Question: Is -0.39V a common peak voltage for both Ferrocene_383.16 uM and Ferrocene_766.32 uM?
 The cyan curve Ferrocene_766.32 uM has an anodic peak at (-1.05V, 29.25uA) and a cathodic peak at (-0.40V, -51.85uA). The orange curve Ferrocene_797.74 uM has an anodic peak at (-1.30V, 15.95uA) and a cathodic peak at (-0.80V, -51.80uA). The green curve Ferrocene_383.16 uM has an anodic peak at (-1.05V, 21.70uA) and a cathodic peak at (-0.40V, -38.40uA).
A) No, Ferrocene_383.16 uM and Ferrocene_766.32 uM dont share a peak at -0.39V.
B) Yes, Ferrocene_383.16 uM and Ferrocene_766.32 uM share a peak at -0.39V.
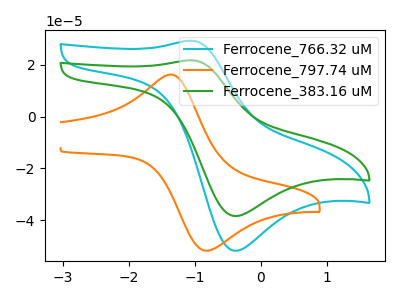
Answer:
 <answer>B) Yes, "Ferrocene_383.16 uM" and "Ferrocene_766.32 uM" share a peak at -0.39V.</answer>
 <eval>B</eval>